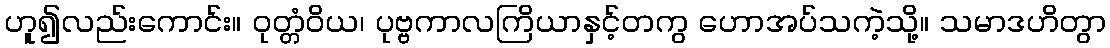
ဟူ၍လည်းကောင်း။ ဝုတ္တံဝိယ၊ ပုဗ္ဗကာလကြိယာနှင့်တကွ ဟောအပ်သကဲ့သို့။ သမာဒဟိတွာ